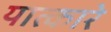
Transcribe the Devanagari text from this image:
यात्कारे